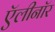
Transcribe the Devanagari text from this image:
ऍलीनॉर